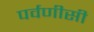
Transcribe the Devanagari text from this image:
पर्वणीसी